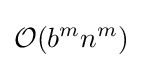
{\mathcal {O}}(b^{m}n^{m})